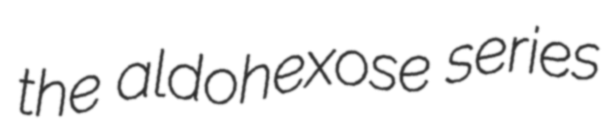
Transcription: the aldohexose series